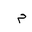
Letter: _mim